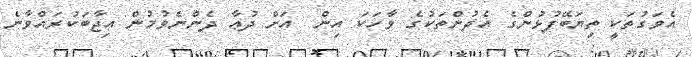
އެވަގުތަކީ ތިޔަބޭފުޅުންގެ އެދުންތަކުގެ ވާހަކަ އިން  އަށް ދުޢާ ދެންނެވުމުން އިޖާބަކުރައްވާނެ